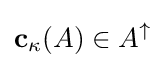
\mathbf {c} _{\kappa }(A)\in A^{\uparrow }